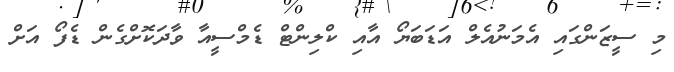
މި ސީޒަންގައި އެމަނުއެލް އަޑަބަޔޯ އާއި ކްލިންޓް ޑެމްސީއާ ވާދަކޮށްގެން ޑެފޯ އަށް